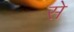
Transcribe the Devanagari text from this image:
से